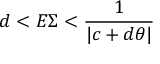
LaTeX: d < E \Sigma < \frac { 1 } { | c + d \theta | }